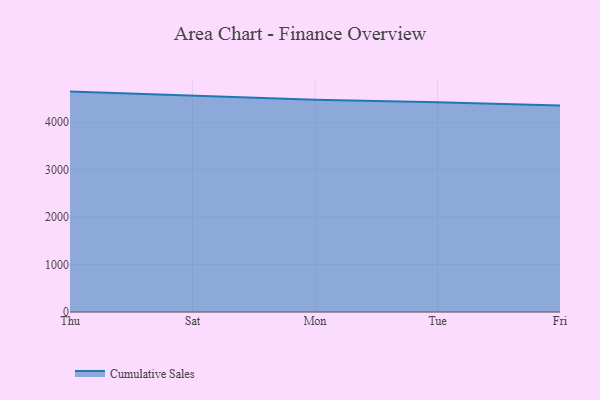
{"axis": {"x": "Day", "y": "Temperature (°C)"}, "legend": ["Cumulative Sales"], "data": [{"x": "Thu", "y": 4646.2, "type": "Cumulative Sales"}, {"x": "Sat", "y": 4564.1, "type": "Cumulative Sales"}, {"x": "Mon", "y": 4471.9, "type": "Cumulative Sales"}, {"x": "Tue", "y": 4420.3, "type": "Cumulative Sales"}, {"x": "Fri", "y": 4351.1, "type": "Cumulative Sales"}]}